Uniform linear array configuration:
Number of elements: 64
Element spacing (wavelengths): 0.25
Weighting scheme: binomial
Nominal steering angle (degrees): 60
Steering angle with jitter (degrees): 59.534
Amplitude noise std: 0.05
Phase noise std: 0.05

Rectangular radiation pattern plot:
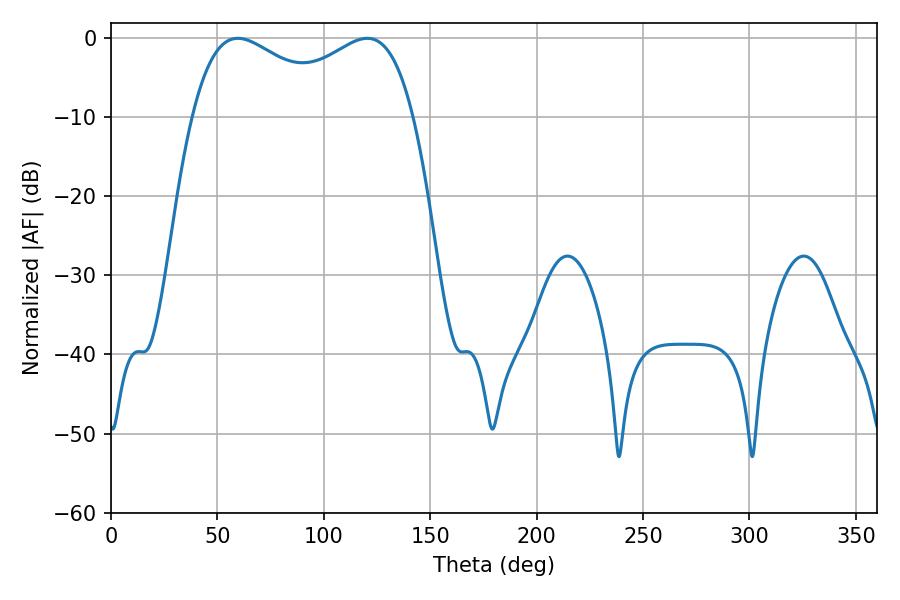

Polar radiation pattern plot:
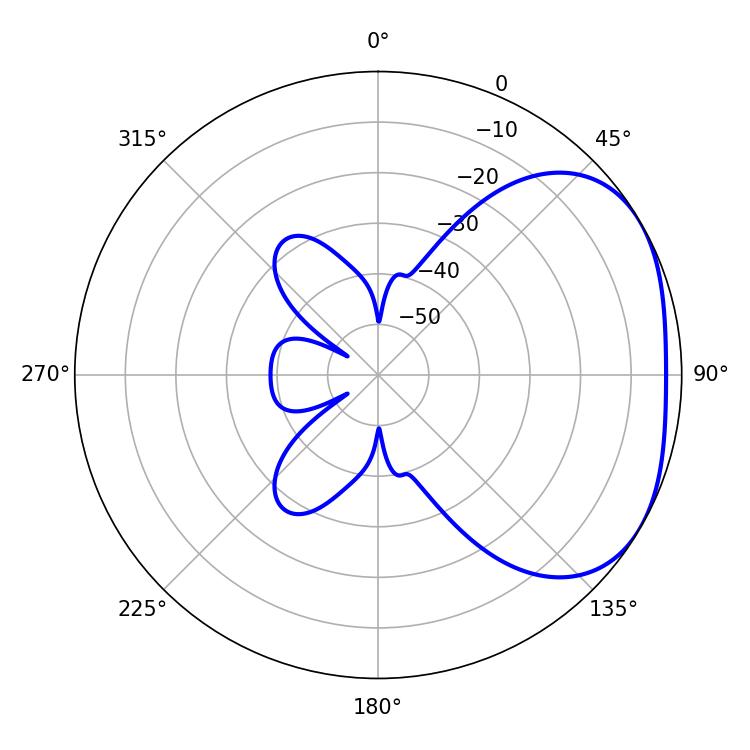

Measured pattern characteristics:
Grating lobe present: FALSE
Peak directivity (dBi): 2.718
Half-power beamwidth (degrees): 39.6
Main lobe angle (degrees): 59.58